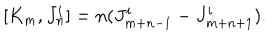
[ K _ { m } , J _ { n } ^ { i } ] = n ( J _ { m + n - 1 } ^ { i } - J _ { m + n + 1 } ^ { i } ) .